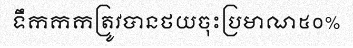
ទឹកកកត្រូវបានថយចុះប្រមាណ៥០%